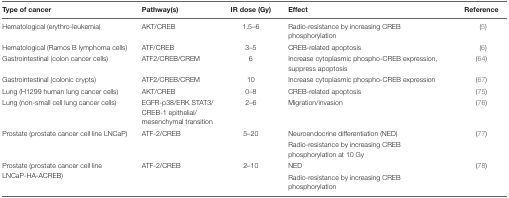
| Type of cancer | Pathway(s) | IR dose (Gy) | Effect | Reference |
 | --- | --- | --- | --- | --- |
 | Hematological (erythro-leukemia) | AKT/CREB | 1.5–6 | Radio-resistance by increasing CREB phosphorylation | (5) |
 | Hematological (Ramos B lymphoma cells) | ATF/CREB | 3–5 | CREB-related apoptosis | (6) |
 | Gastrointestinal (colon cancer cells) | ATF2/CREB/CREM | 6 | Increase cytoplasmic phospho-CREB expression, suppress apoptosis | (64) |
 | Gastrointestinal (colonic crypts) | ATF2/CREB/CREM | 10 | Increase cytoplasmic phospho-CREB expression | (67) |
 | Lung (H1299 human lung cancer cells) | AKT/CREB | 0–8 | CREB-related apoptosis | (75) |
 | Lung (non-small cell lung cancer cells) | EGFR-p38/ERK STAT3/CREB-1 epithelial/mesenchymal transition | 2–6 | Migration/invasion | (76) |
 | <ROWSPAN=2> Prostate (prostate cancer cell line LNCaP) | <ROWSPAN=2> ATF-2/CREB | <ROWSPAN=2> 5–20 | Neuroendocrine differentiation (NED) | <ROWSPAN=2> (77) |
 | Radio-resistance by increasing CREB phosphorylation at 10 Gy |
 | <ROWSPAN=2> Prostate (prostate cancer cell line LNCaP-HA-ACREB) | <ROWSPAN=2> ATF-2/CREB | <ROWSPAN=2> 2–10 | NED | <ROWSPAN=2> (78) |
 | Radio-resistance by increasing CREB phosphorylation |